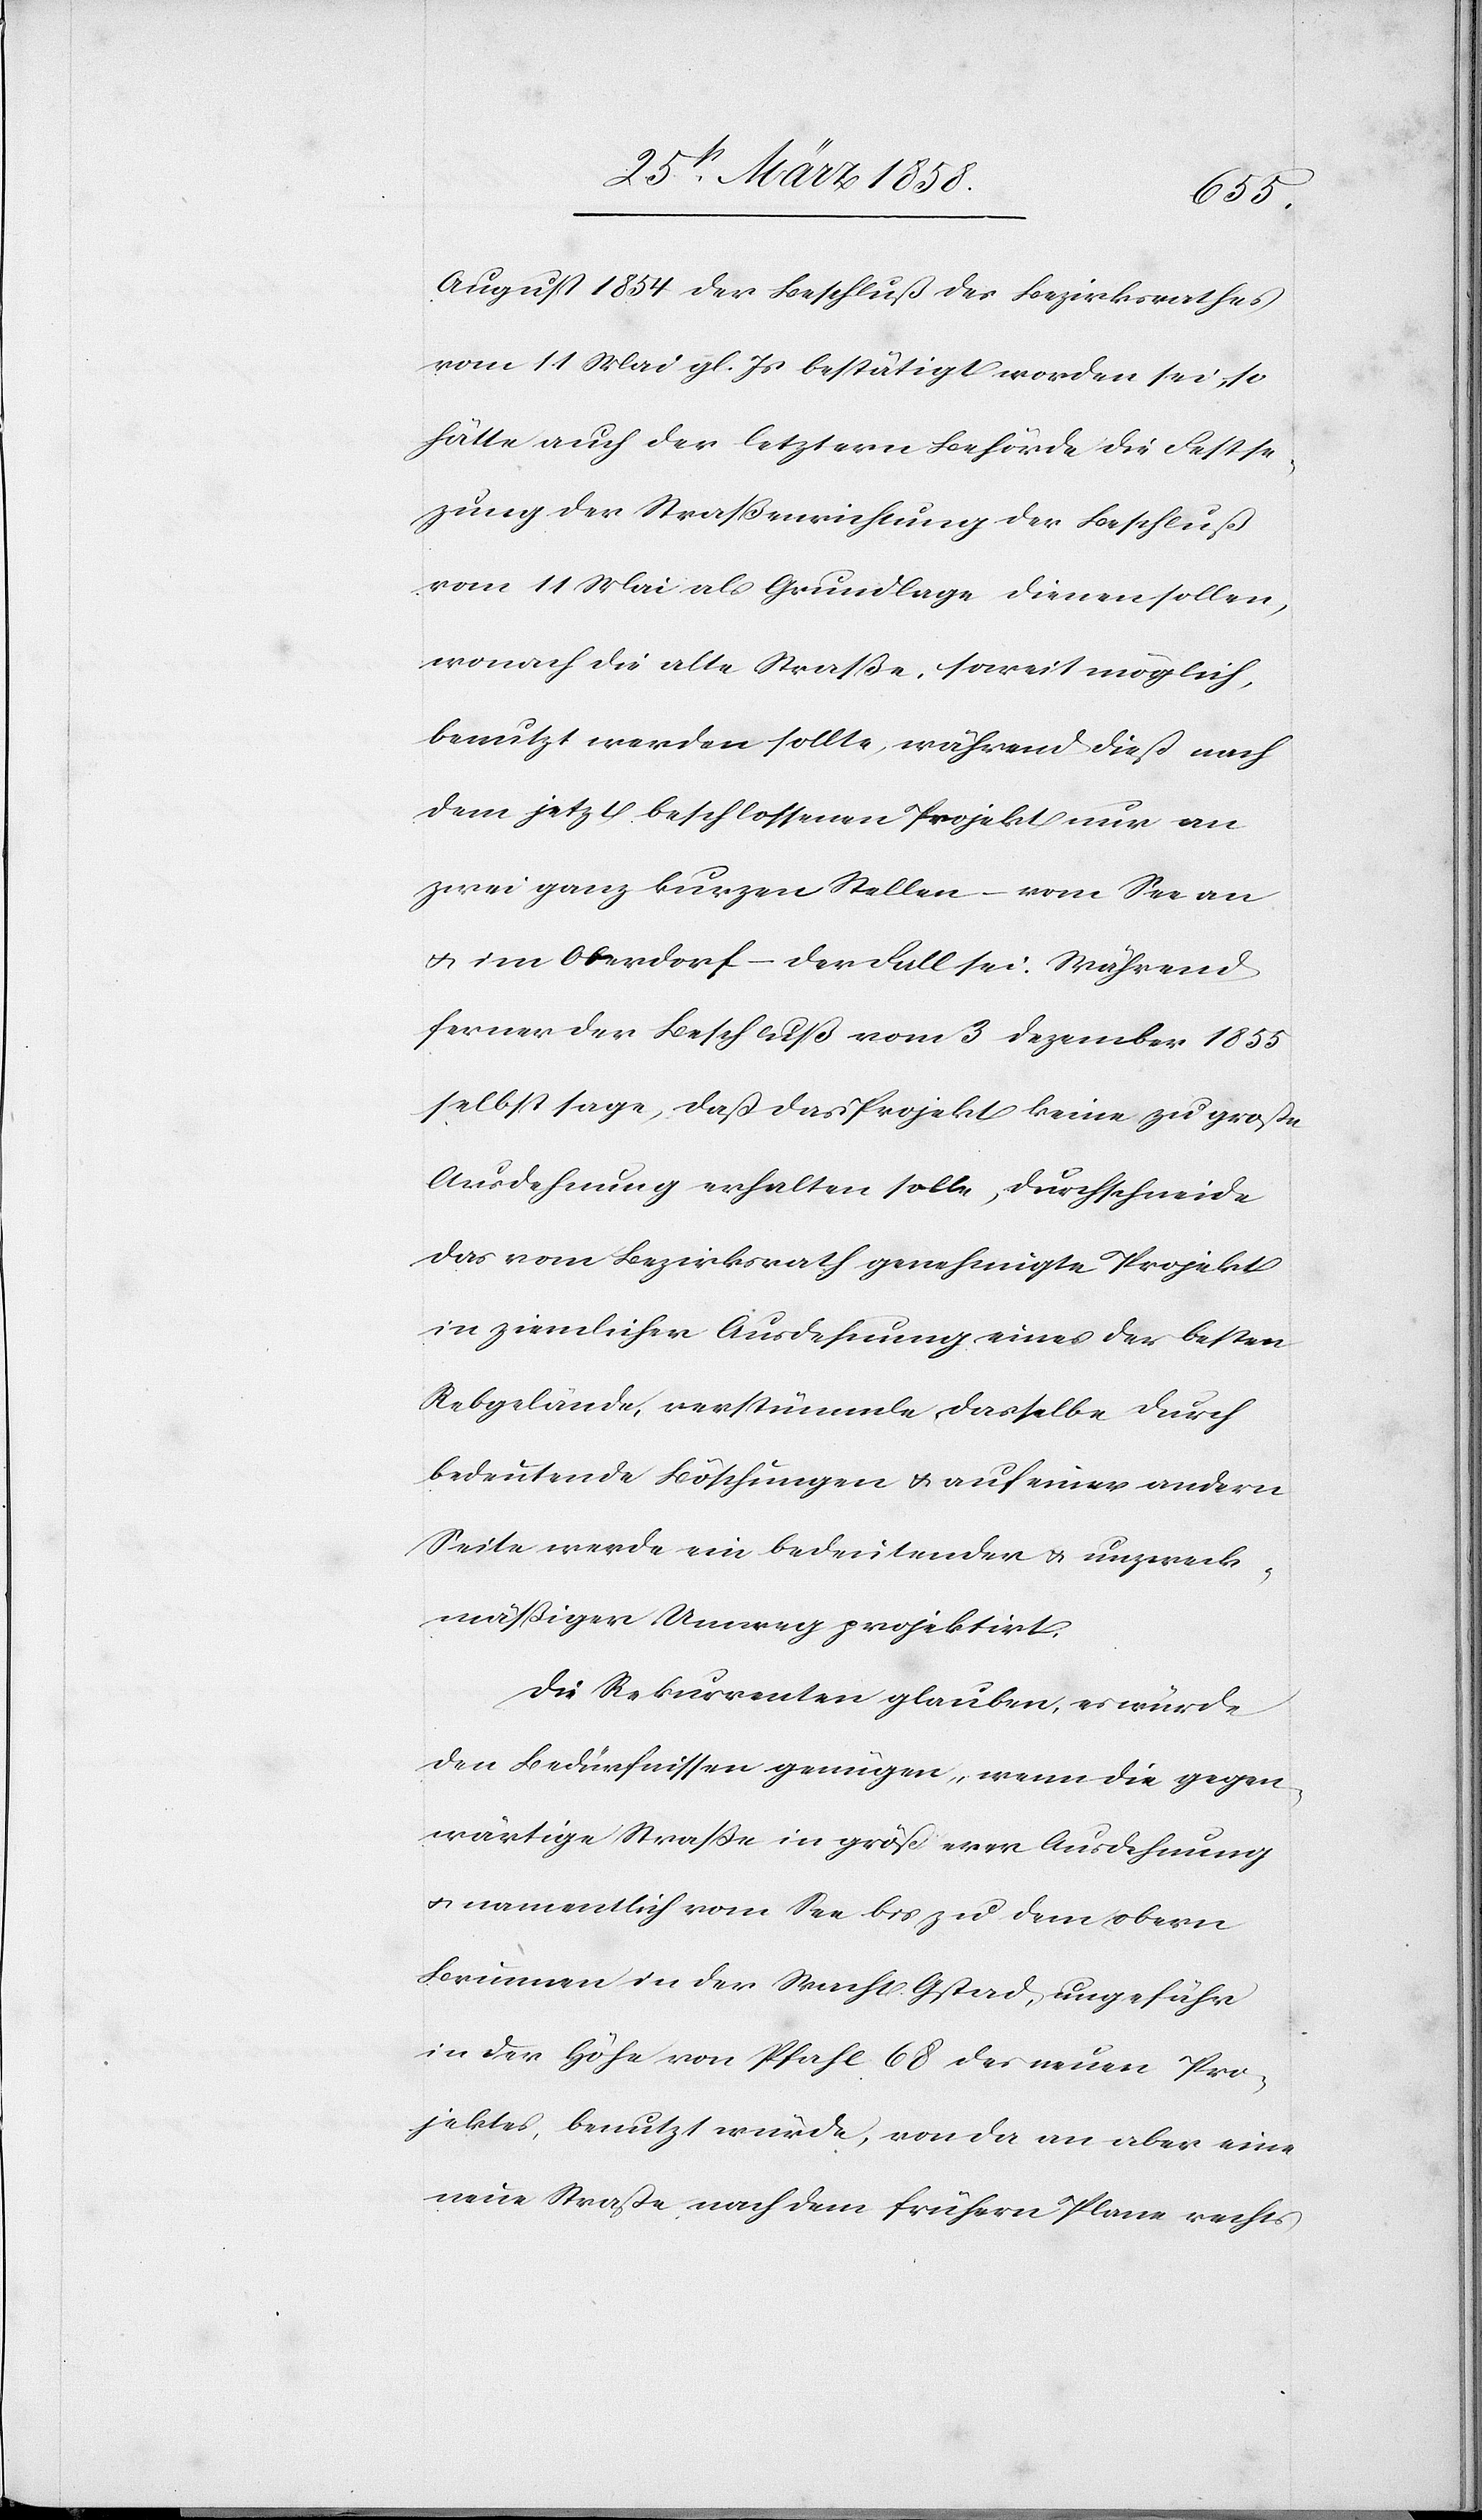
August 1854 der Beschluß des Bezirksrathes
vom 11. Mai gl. Js. bestätigt worden sei, so
hätte auch der letztern Behörde die Festse¬
tzung der Straßenrichtung der Beschluß
vom 11. Mai als Grundlage dienen sollen,
wonach die alte Straße, soweit möglich,
benutzt werden sollte, während dieß nach
dem jetzt beschlossenen Projekt nur an
zwei ganz kurzen Stellen – vom See an
u. im Oberdorf – der Fall sei. Während
ferner der Beschluß vom 3. Dezember 1855
selbst sage, daß das Projekt keine zu große
Ausdehnung erhalten solle, durchschneide
das vom Bezirksrath genehmigte Projekt
in ziemlicher Ausdehnung eines der besten
Rebgelände, verstümmle dasselbe durch
bedeutende Böschungen u. auf einer andern
Seite werde ein bedeutender u. unzweck¬
mäßiger Umweg projektirt.
Die Rekurrenten glauben, es würde
den Bedürfnissen genügen, wenn die gegen¬
wärtige Straße in größerer Ausdehnung
u. namentlich vom See bis zu dem obern
Brunnen in der Wacht Gstad, ungefähr
in der Höhe von Pfahl 68 des neuen Pro¬
jektes, benutzt würde, von da an aber eine
neue Straße nach dem frühern Plane rechts